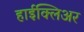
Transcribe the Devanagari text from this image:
हाईक्लिअर